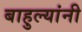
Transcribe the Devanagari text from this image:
बाहुल्यांनी